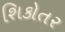
શિકોતર